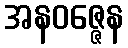
အနဝဇ္ဇေန